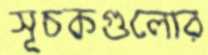
সূচকগুলোর